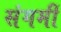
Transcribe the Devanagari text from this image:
संगमीं